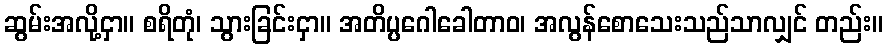
ဆွမ်းအလို့ငှာ။ စရိတုံ၊ သွားခြင်းငှာ။ အတိပ္ပဂေါခေါတာဝ၊ အလွန်စောသေးသည်သာလျှင် တည်း။